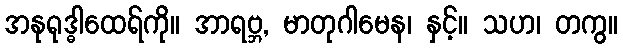
အနုရုဒ္ဓါထေရ်ကို။ အာရဗ္ဘ, မာတုဂါမေန၊ နှင့်။ သဟ၊ တကွ။